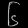
Digit: ၆